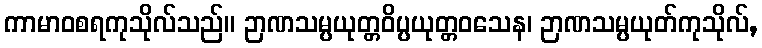
ကာမာဝစရကုသိုလ်သည်။ ဉာဏသမ္ပယုတ္တဝိပ္ပယုတ္တဝသေန၊ ဉာဏသမ္ပယုတ်ကုသိုလ်,